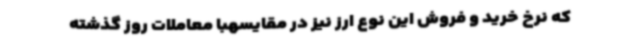
که نرخ خرید و فروش این نوع ارز نیز در مقایسهبا معاملات روز گذشته